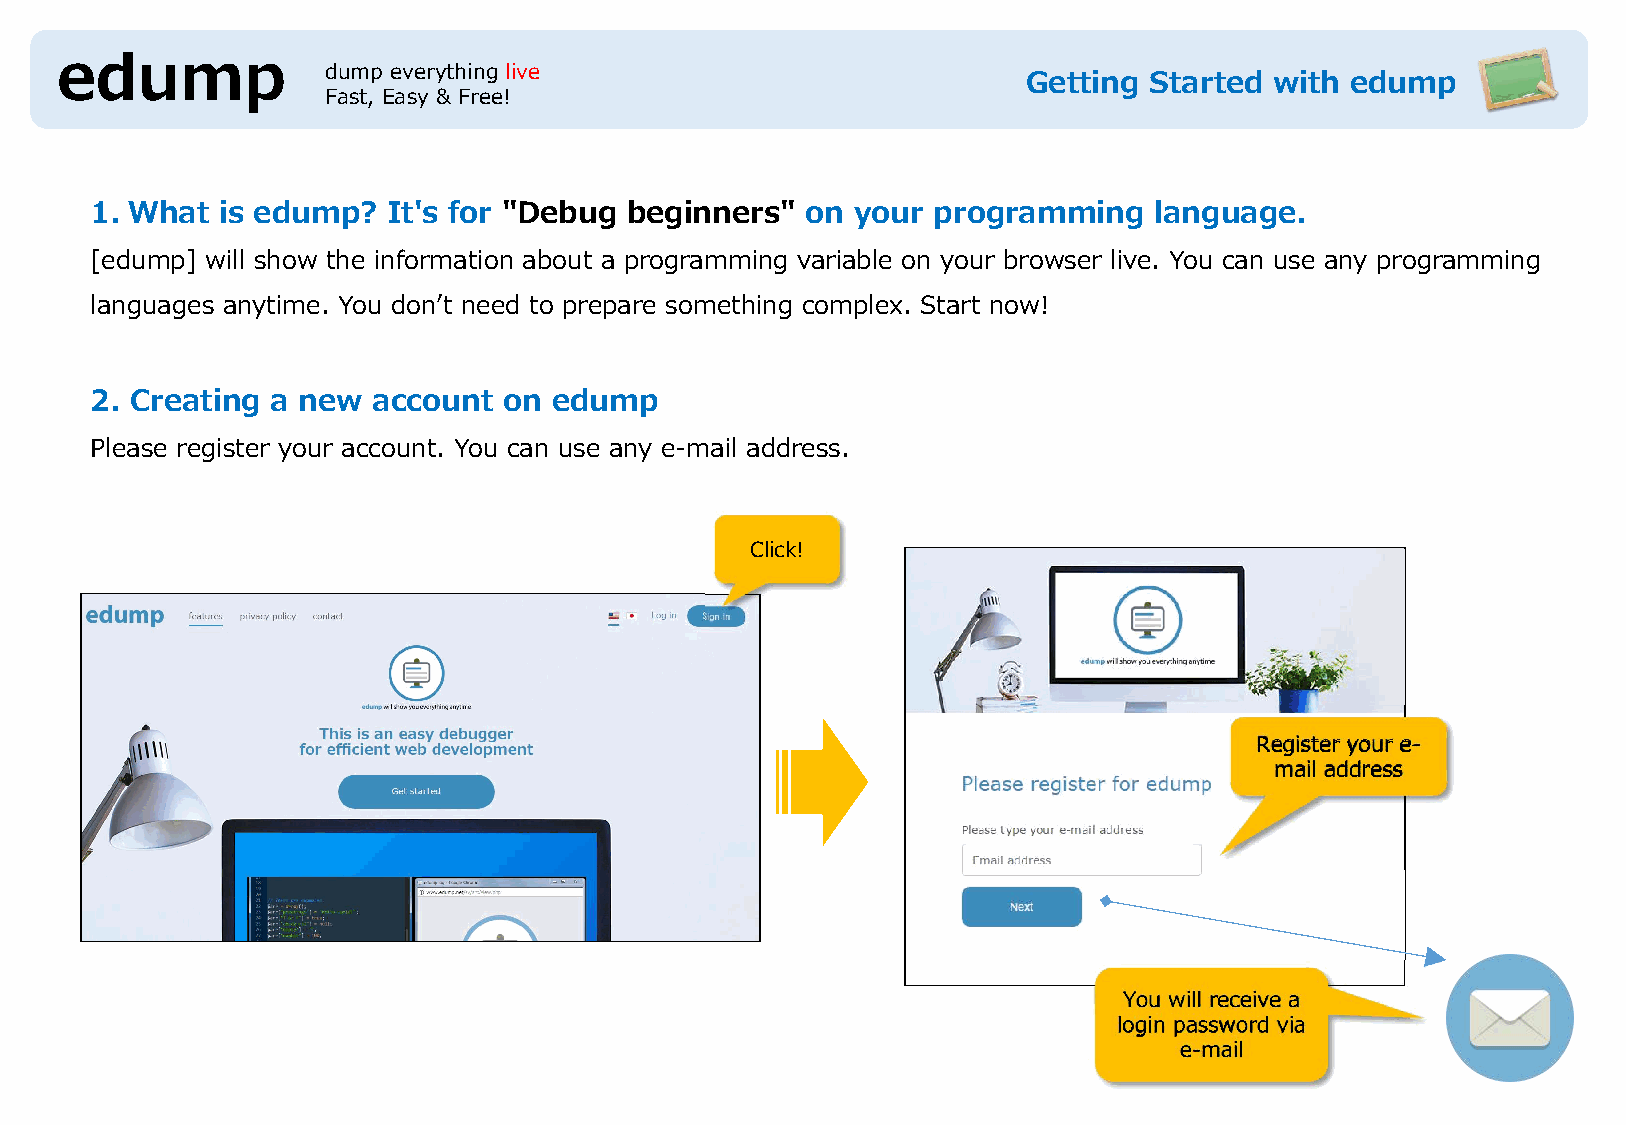
edump            dump everything live
 Getting Started with edump
 Fast, Easy & Free!
 1. What is edump?   It's for "Debug beginners" on your  programming   language.
 [edump] will show the information about a programming variable on your browser live. You can use any programming
 languages anytime. You don’t need to prepare something complex. Start now!
 2. Creating a new  account on edump
 Please register your account. You can use any e-mail address.
 Click!
 Register your e-
 mail address
 You will receive a
 login password via
 e-mail